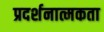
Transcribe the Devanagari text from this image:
प्रदर्शनात्मकता